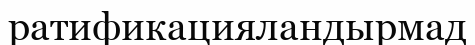
ратификацияландырмад